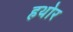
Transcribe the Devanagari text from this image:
हथोर